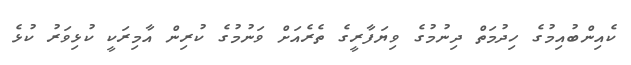
ކެއިންބުއިމުގެ ހިދުމަތް ދިނުމުގެ ވިޔަފާރީގެ ތެރެއަށް ވަނުމުގެ ކުރިން އާމިރަކީ ކުޅިވަރު ކުޅެ